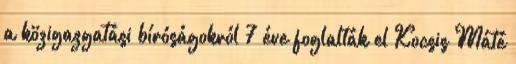
a közigazgatási bíróságokról 7 éve foglalták el Kocsis Máté